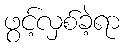
ဖွင့်လှစ်ခဲ့ရာ